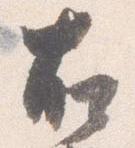
右